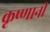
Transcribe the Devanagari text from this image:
कृष्णानी